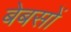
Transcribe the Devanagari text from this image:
बेबसों